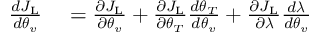
\begin{array} { r l } { \frac { d J _ { \mathrm { L } } } { d \boldsymbol { \theta } _ { v } } } & { { } = \frac { \partial J _ { \mathrm { L } } } { \partial \boldsymbol { \theta } _ { v } } + \frac { \partial J _ { \mathrm { L } } } { \partial \boldsymbol { \theta } _ { T } } \frac { d \boldsymbol { \theta } _ { T } } { d \boldsymbol { \theta } _ { v } } + \frac { \partial J _ { \mathrm { L } } } { \partial \boldsymbol { \lambda } } \frac { d \boldsymbol { \lambda } } { d \boldsymbol { \theta } _ { v } } } \end{array}